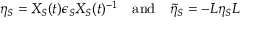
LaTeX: \eta _ { S } = X _ { S } ( t ) \epsilon _ { S } X _ { S } ( t ) ^ { - 1 } \quad \mathrm { a n d } \quad \tilde { \eta } _ { S } = - L \eta _ { S } L